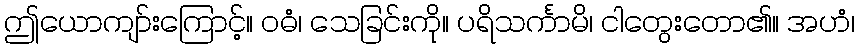
ဤယောကျာ်းကြောင့်။ ဝဓံ၊ သေခြင်းကို။ ပရိသင်္ကာမိ၊ ငါတွေးတော၏။ အဟံ၊